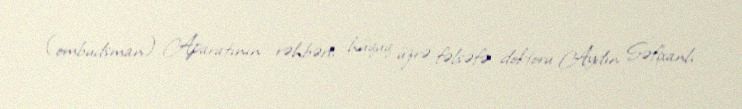
(ombudsman) Aparatının rəhbəri, hüquq üzrə fəlsəfə doktoru Aydın Səfixanlı